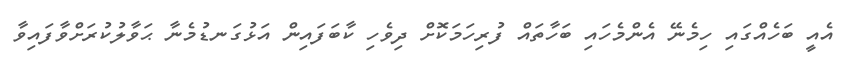
އެއީ ބަހެއްގައި ހިމެނޭ އެންމެހައި ބަހާތައް ފުރިހަމަކޮށް ދިވެހި ކާބަފައިން އަޅުގަނޑުމެނާ ޙަވާލުކުރަށްވާފައިވާ